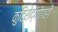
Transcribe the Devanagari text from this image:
कुटिरोद्योगही